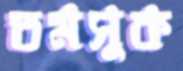
তমসুক